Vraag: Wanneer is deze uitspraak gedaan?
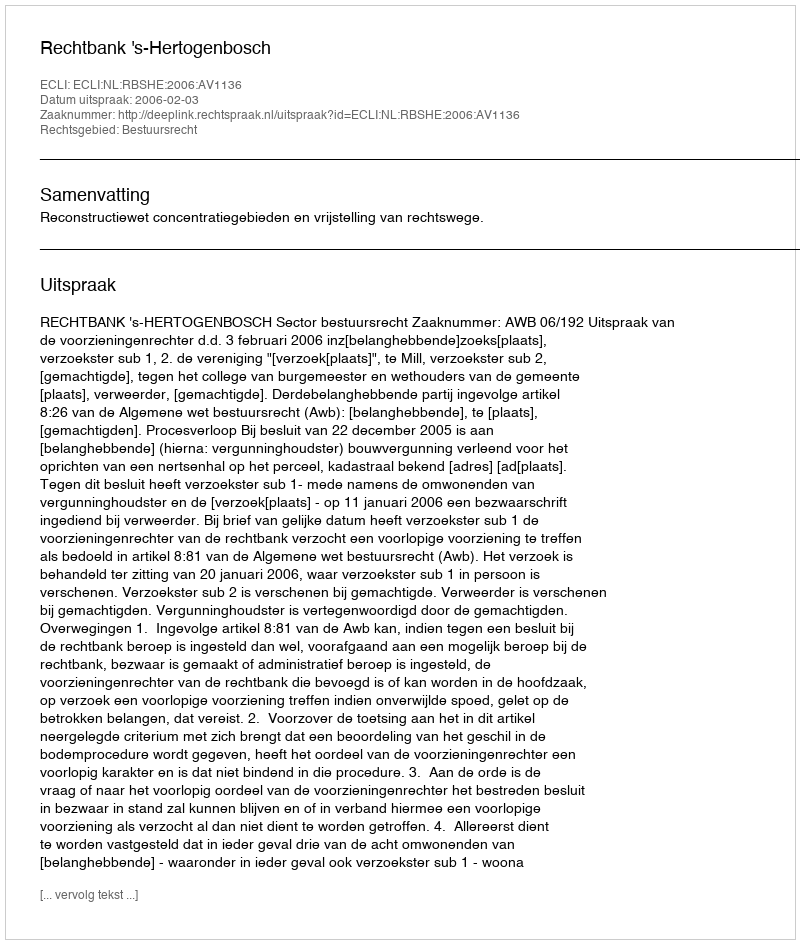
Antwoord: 2006-02-03